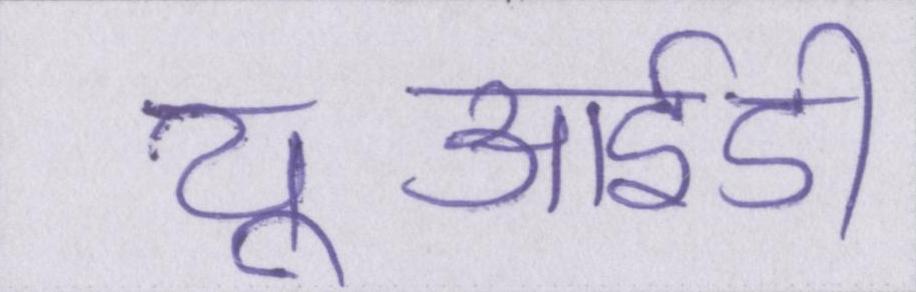
यूआईडी